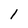
Character: 1